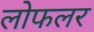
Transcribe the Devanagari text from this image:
लोफलर